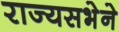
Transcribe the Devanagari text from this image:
राज्यसभेने